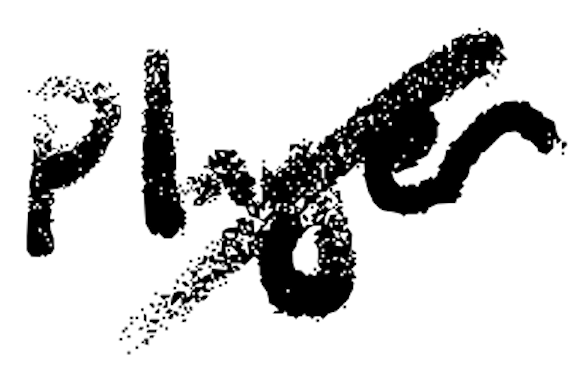
Text: player
Cross-out: diagonal
Writing tool: digital_black